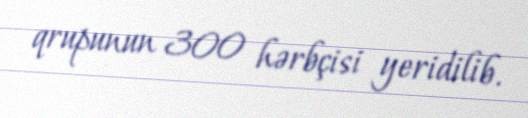
qrupunun 300 hərbçisi yeridilib.